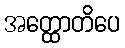
အတ္ထောတိပေ